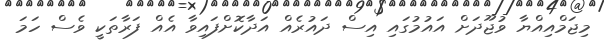
މިޖަމްއިއްޔާ ވުޖޫދަށް އައުމުގައި އިސް ދައުރެއް އަދާކޮށްފައިވާ އެއް ފަރާތަކީ ވެސް ހަމަ